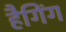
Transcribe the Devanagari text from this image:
हैगिंग